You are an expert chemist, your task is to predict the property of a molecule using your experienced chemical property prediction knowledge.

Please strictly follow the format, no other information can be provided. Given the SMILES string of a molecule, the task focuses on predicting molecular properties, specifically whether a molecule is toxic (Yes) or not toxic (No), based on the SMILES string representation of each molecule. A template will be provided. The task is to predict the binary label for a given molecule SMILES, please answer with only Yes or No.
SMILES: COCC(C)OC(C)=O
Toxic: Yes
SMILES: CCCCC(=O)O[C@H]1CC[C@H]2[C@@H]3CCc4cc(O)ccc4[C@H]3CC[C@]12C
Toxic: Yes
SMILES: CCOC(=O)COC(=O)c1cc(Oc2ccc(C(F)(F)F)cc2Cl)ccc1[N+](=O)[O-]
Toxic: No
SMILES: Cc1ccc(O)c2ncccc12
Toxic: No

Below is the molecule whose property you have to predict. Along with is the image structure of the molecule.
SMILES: Cc1cc(C2CC2)nc(Nc2ccccc2)n1
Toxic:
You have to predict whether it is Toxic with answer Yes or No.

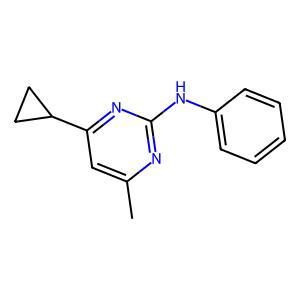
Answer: No